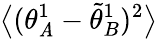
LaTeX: \big\langle({\theta}_{\mathit{A}}^{1}-\tilde{{\theta}}_{B}^{1})^{2}\big\rangle